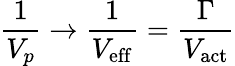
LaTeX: \frac{1}{V_{p}}\rightarrow\frac{1}{V_{\mathrm{eff}}}=\frac{\Gamma}{V_{\mathrm{act}}}